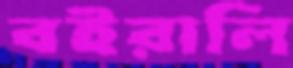
বইরালি